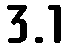
3.1